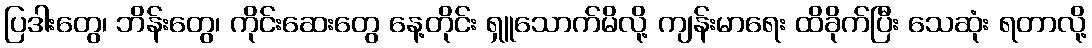
ပြဒါးတွေ၊ ဘိန်းတွေ၊ ကိုင်းဆေးတွေ နေ့တိုင်း ရှူသောက်မိလို့ ကျန်းမာရေး ထိခိုက်ပြီး သေဆုံး ရတာလို့